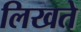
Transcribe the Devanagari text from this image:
लिखते